Vaccination report Assam 1896-1927 - 1896-1927
Year: 1896
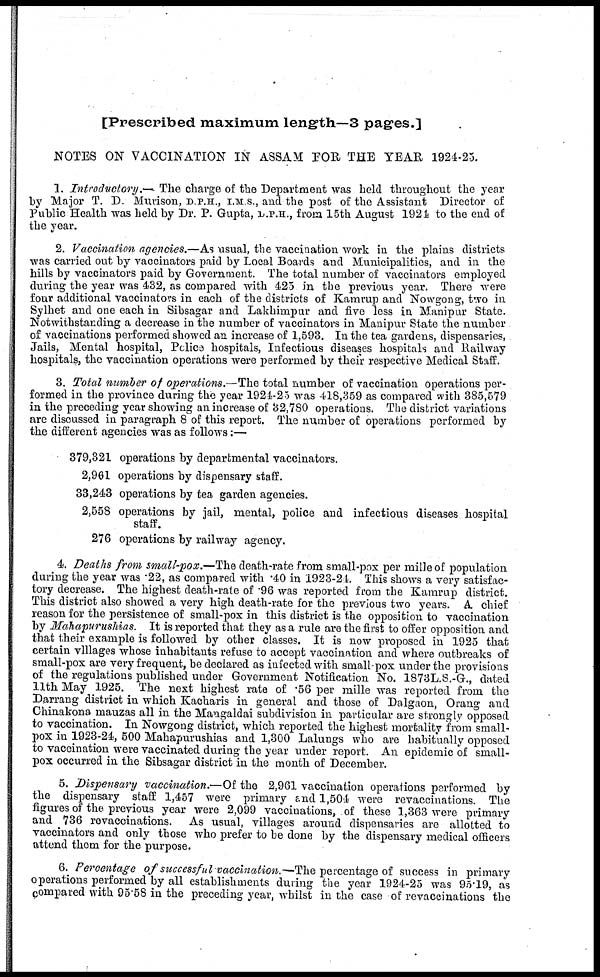
[Prescribed maximum length—3 pages.]
NOTES ON VACCINATION IN ASSAM FOR THE YEAR 1924-25.
1. Introductory.— The charge of the Department was held throughout the year
by Major T. D. Murison, D.P.H., I.M S., and the post of the Assistant Director of
Public Health was held by Dr. P. Gupta, D.P.H., from 15th August 1924 to the end of
the year.
2. Vaccination agencies.—As usual, the vaccination work in the plains districts
was carried out by vaccinators paid by Local Boards and Municipalities, and in the
hills by vaccinators paid by Government. The total number of vaccinators employed
during the year was 432, as compared with 425 in the previous year. There were
four additional vaccinators in each of the districts of Kamrup and Nowgong, two in
Sylhet and one each in Sibsagar and Lakhimpur and five less in Manipur State.
Notwithstanding a decrease in the number of vaccinators in Manipur State the number
of vaccinations performed showed an increase of 1,593. In the tea gardens, dispensaries,
Jails, Mental hospital, Police hospitals, Infectious diseases hospitals and Railway
hospitals, the vaccination operations were performed by their respective Medical Staff.
3. Total number of operations.—The total number of vaccination operations per-
formed in the province during the year 1924-25 was 418,359 as compared with 385,579
in the preceding year showing an increase of 32,780 operations. The district variations
are discussed in paragraph 8 of this report. The number of operations performed by
the different agencies was as follows:—
379,321 operations by departmental vaccinators.
2,961 operations by dispensary staff.
33,243 operations by tea garden agencies.
2,558 operations by jail, mental, police and infectious diseases hospital
staff.
276 operations by railway agency.
4. Deaths from small-pox.—The death-rate from small-pox per mille of population
during the year was .22, as compared with .40 in 1923-24. This shows a very satisfac-
tory decrease. The highest death-rate of .96 was reported from the Kamrup district.
This district also showed a very high death-rate for the previous two years. A chief
reason for the persistence of small-pox in this district is the opposition to vaccination
by Mahapurushias. It is reported that they as a rule are the first to offer opposition and
that their example is followed by other classes. It is now proposed in 1925 that
certain villages whose inhabitants refuse to accept vaccination and where outbreaks of
small-pox are very frequent, be declared as infected with small-pox under the provisions
of the regulations published under Government Notification No. 1873L.S.-G., dated
11th May 1925. The next highest rate of .56 per mille was reported from the
Darrang district in which Kacharis in general and those of Dalgaon, Orang and
Chinakona mauzas all in the Mangaldai subdivision in particular are strongly opposed
to vaccination. In Nowgong district, which reported the highest mortality from small-
pox in 1923-24, 500 Mahapurushias and 1,300 Lalungs who are habitually opposed
to vaccination were vaccinated during the year under report. An epidemic of small-
pox occurred in the Sibsagar district in the month of December.
5. Dispensary vaccination.—Of the 2,961 vaccination operations performed by
the dispensary staff 1,457 were primary and 1,504 were revaccinations. The
figures of the previous year were 2,099 vaccinations, of these 1,363 were primary
and 736 revaccinations. As usual, villages around dispensaries are allotted to
vaccinators and only those who prefer to be done by the dispensary medical officers
attend them for the purpose.
6. Percentage of successful vaccination.—The percentage of success in primary
operations performed by all establishments during the year 1924-25 was 95.19, as
compared with 95.58 in the preceding year, whilst in the case of revaccinations the